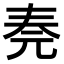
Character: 𠒏